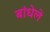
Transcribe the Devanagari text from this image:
बांधेले